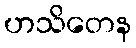
ဟသိတေန